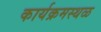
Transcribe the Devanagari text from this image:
कार्यक्रमस्थळ